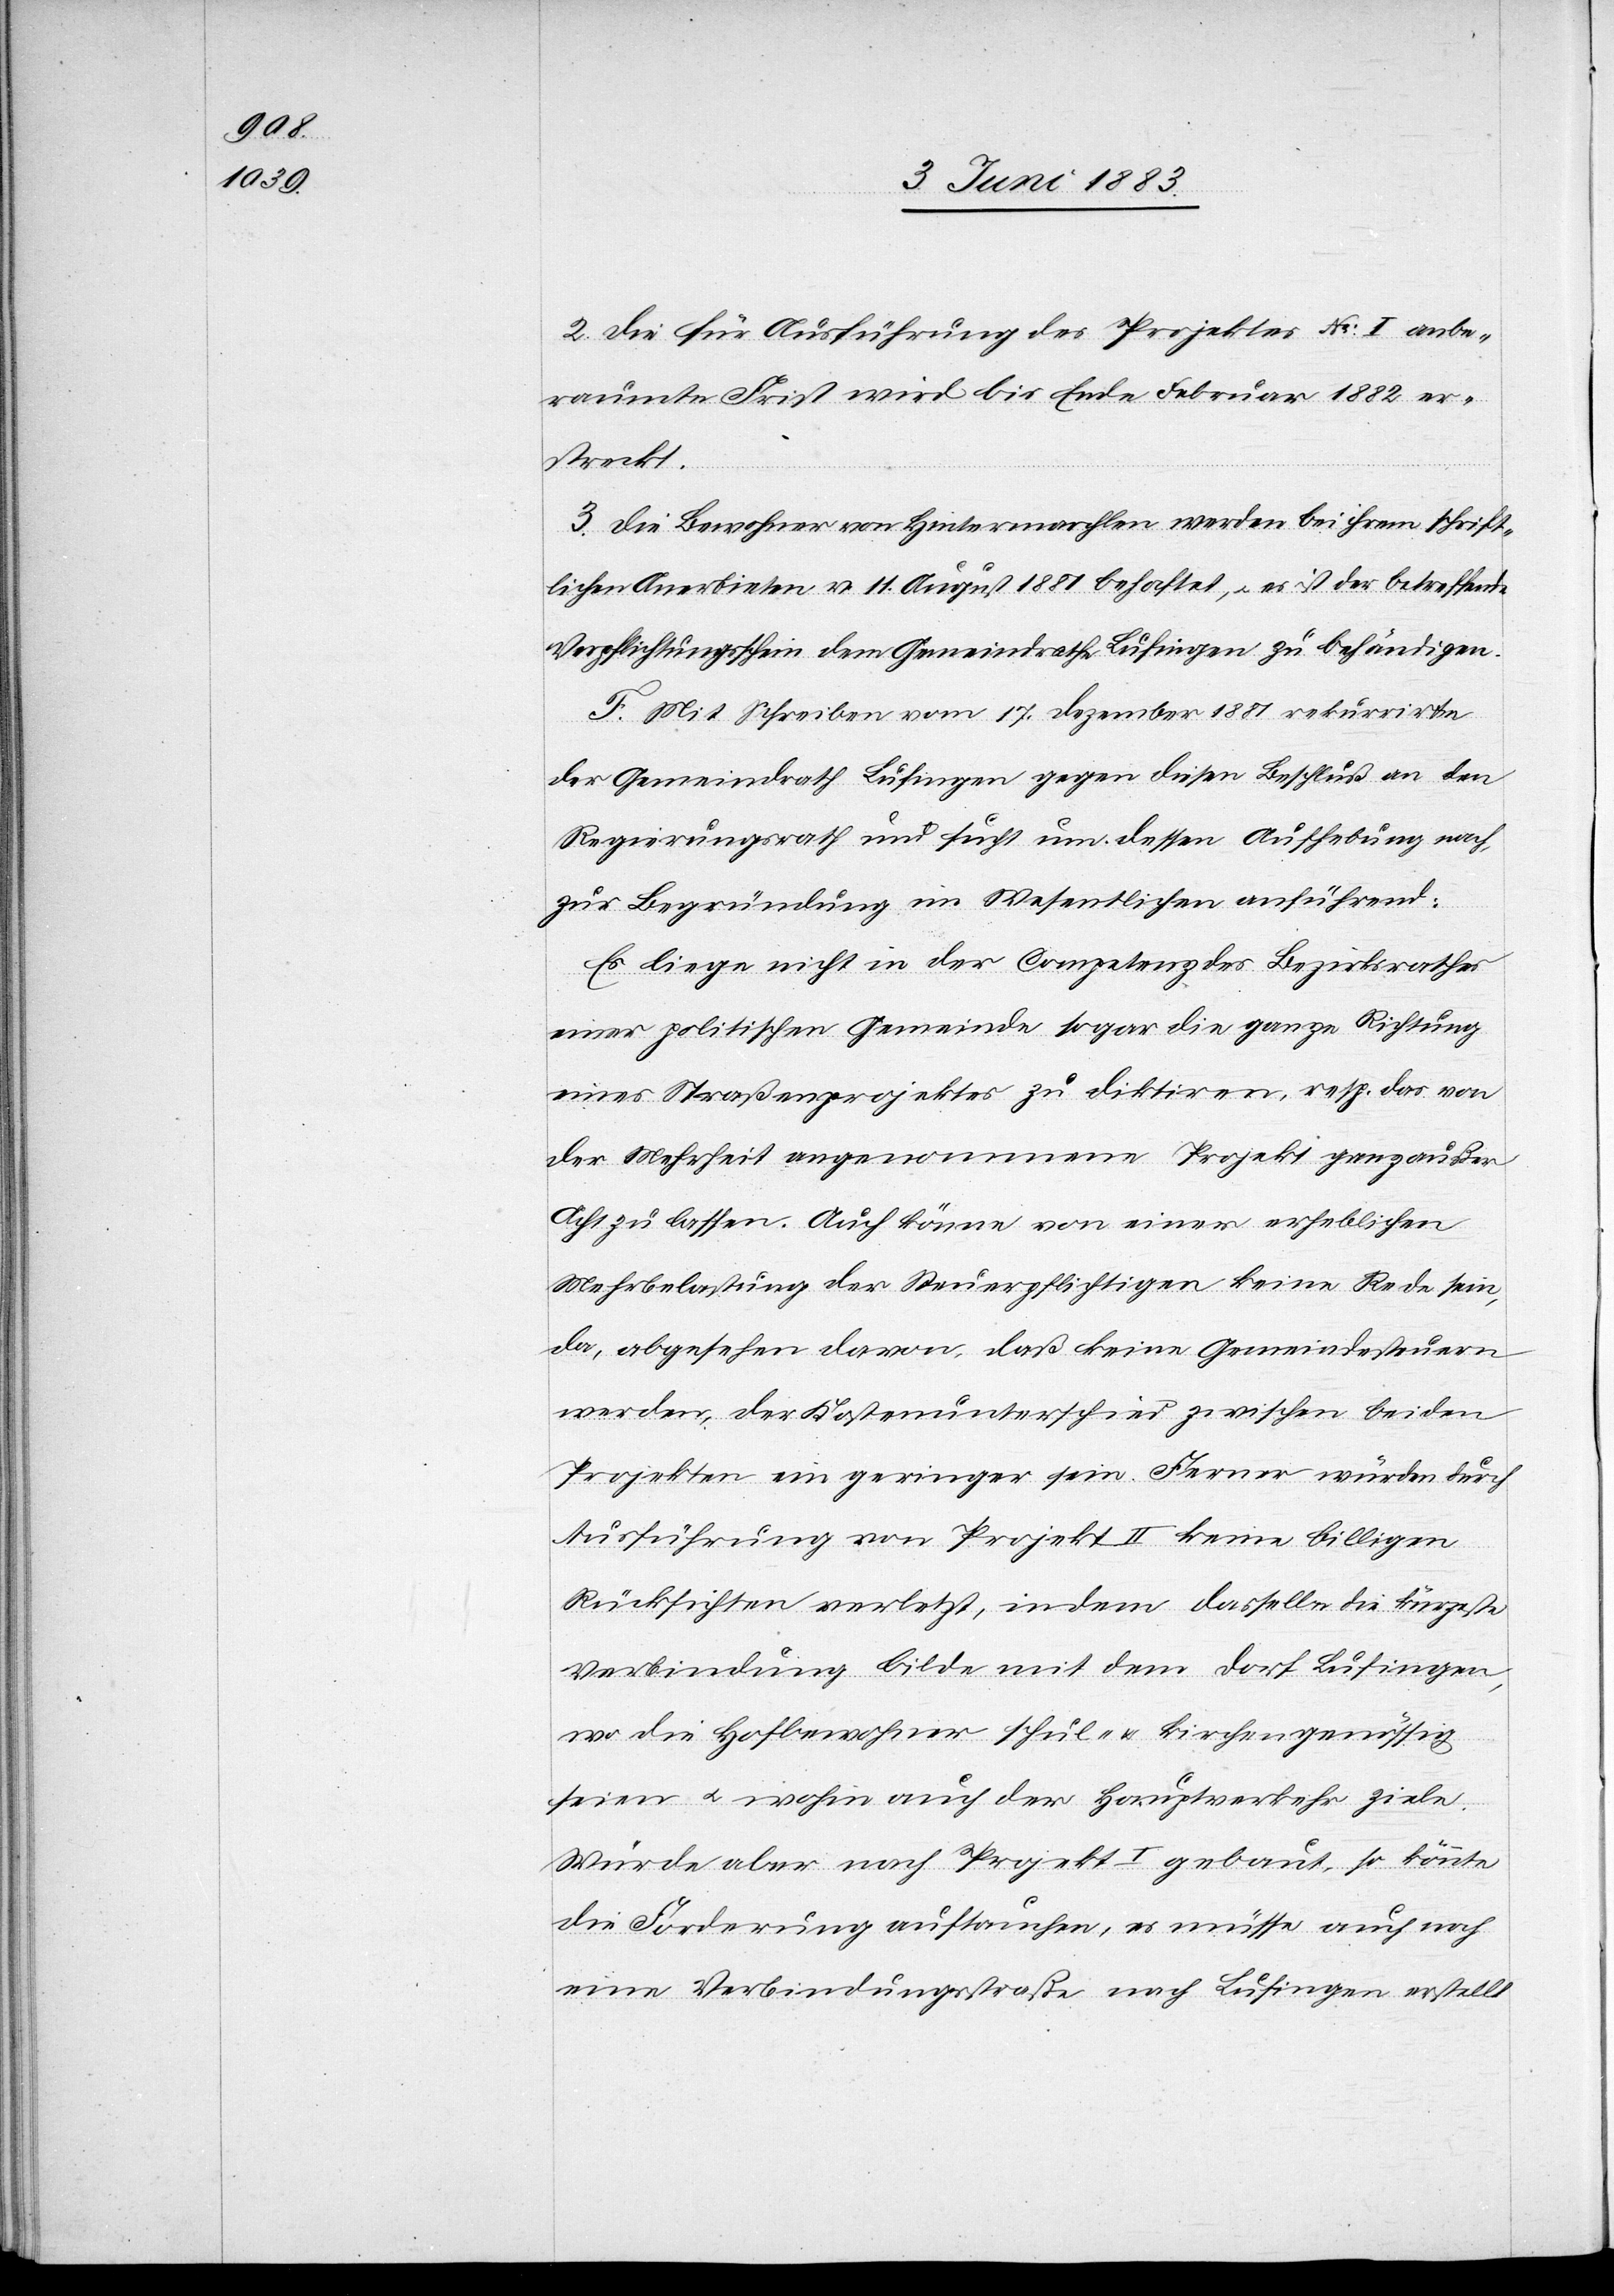
2. Die für Ausführung des Projektes No I anbe¬
raumte Frist wird bis Ende Februar 1882 er¬
streckt.
3. Die Bewohner von Hintermarchlen werden bei ihrem schrift¬
lichen Anerbieten v. 11. August 1881 behaftet, u. ist der betreffende
Verpflichtungsschein dem Gemeindrathe Lufingen zu behändigen.
F. Mit Schreiben vom 17. Dezember 1881 rekurrirte
der Gemeindrath Lufingen gegen diesen Beschluß an den
Regierungsrath und sucht um dessen Aufhebung nach,
zur Begründung im Wesentlichen anführend:
Es liege nicht in der Competenz des Bezirksrathes
einer politischen Gemeinde sogar die ganze Richtung
eines Straßenprojektes zu diktiren, resp. das von
der Mehrheit angenommene Projekt ganz außer
Acht zu lassen. Auch könne von einer erheblichen
Mehrbelastung der Steuerpflichtigen keine Rede sein,
da, abgesehen davon, daß keine Gemeindesteuern
werden, der Kostenunterschied zwischen beiden
Projekten ein geringer sein [sic!]. Ferner würden durch
Ausführung von Projekt II keine billigen
Rücksichten verletzt, indem dasselbe die kürzeste
Verbindung bilde mit dem Dorf Lufingen,
wo die Hofbewohner schul- & kirchengenössig
seien u. wohin auch der Hauptverkehr ziele.
Würde aber nach Projekt I gebaut, so könnte
die Forderung auftauchen, es müsse auch noch
eine Verbindungsstraße nach Lufingen erstellt